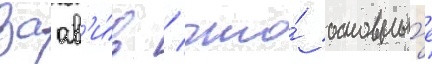
заав'и́в / что́ основны́е